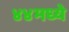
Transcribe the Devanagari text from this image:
४४मध्ये